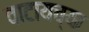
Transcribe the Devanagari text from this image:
वाटायच्या